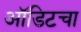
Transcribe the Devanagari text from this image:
ऑडिटचा